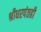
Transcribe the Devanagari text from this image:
श्रीधरपंतही